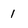
Character: 1